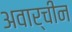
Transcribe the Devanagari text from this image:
अवार्चीन